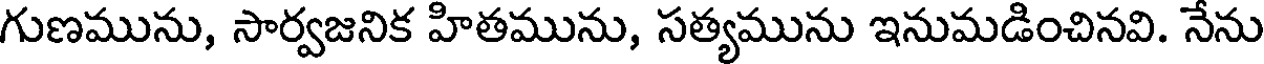
గుణమును, సార్వజనిక హితమును, సత్యమును ఇనుమడించినవి. నేను